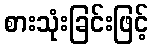
စားသုံးခြင်းဖြင့်